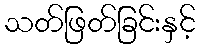
သတ်ဖြတ်ခြင်းနှင့်